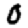
Digit: 0